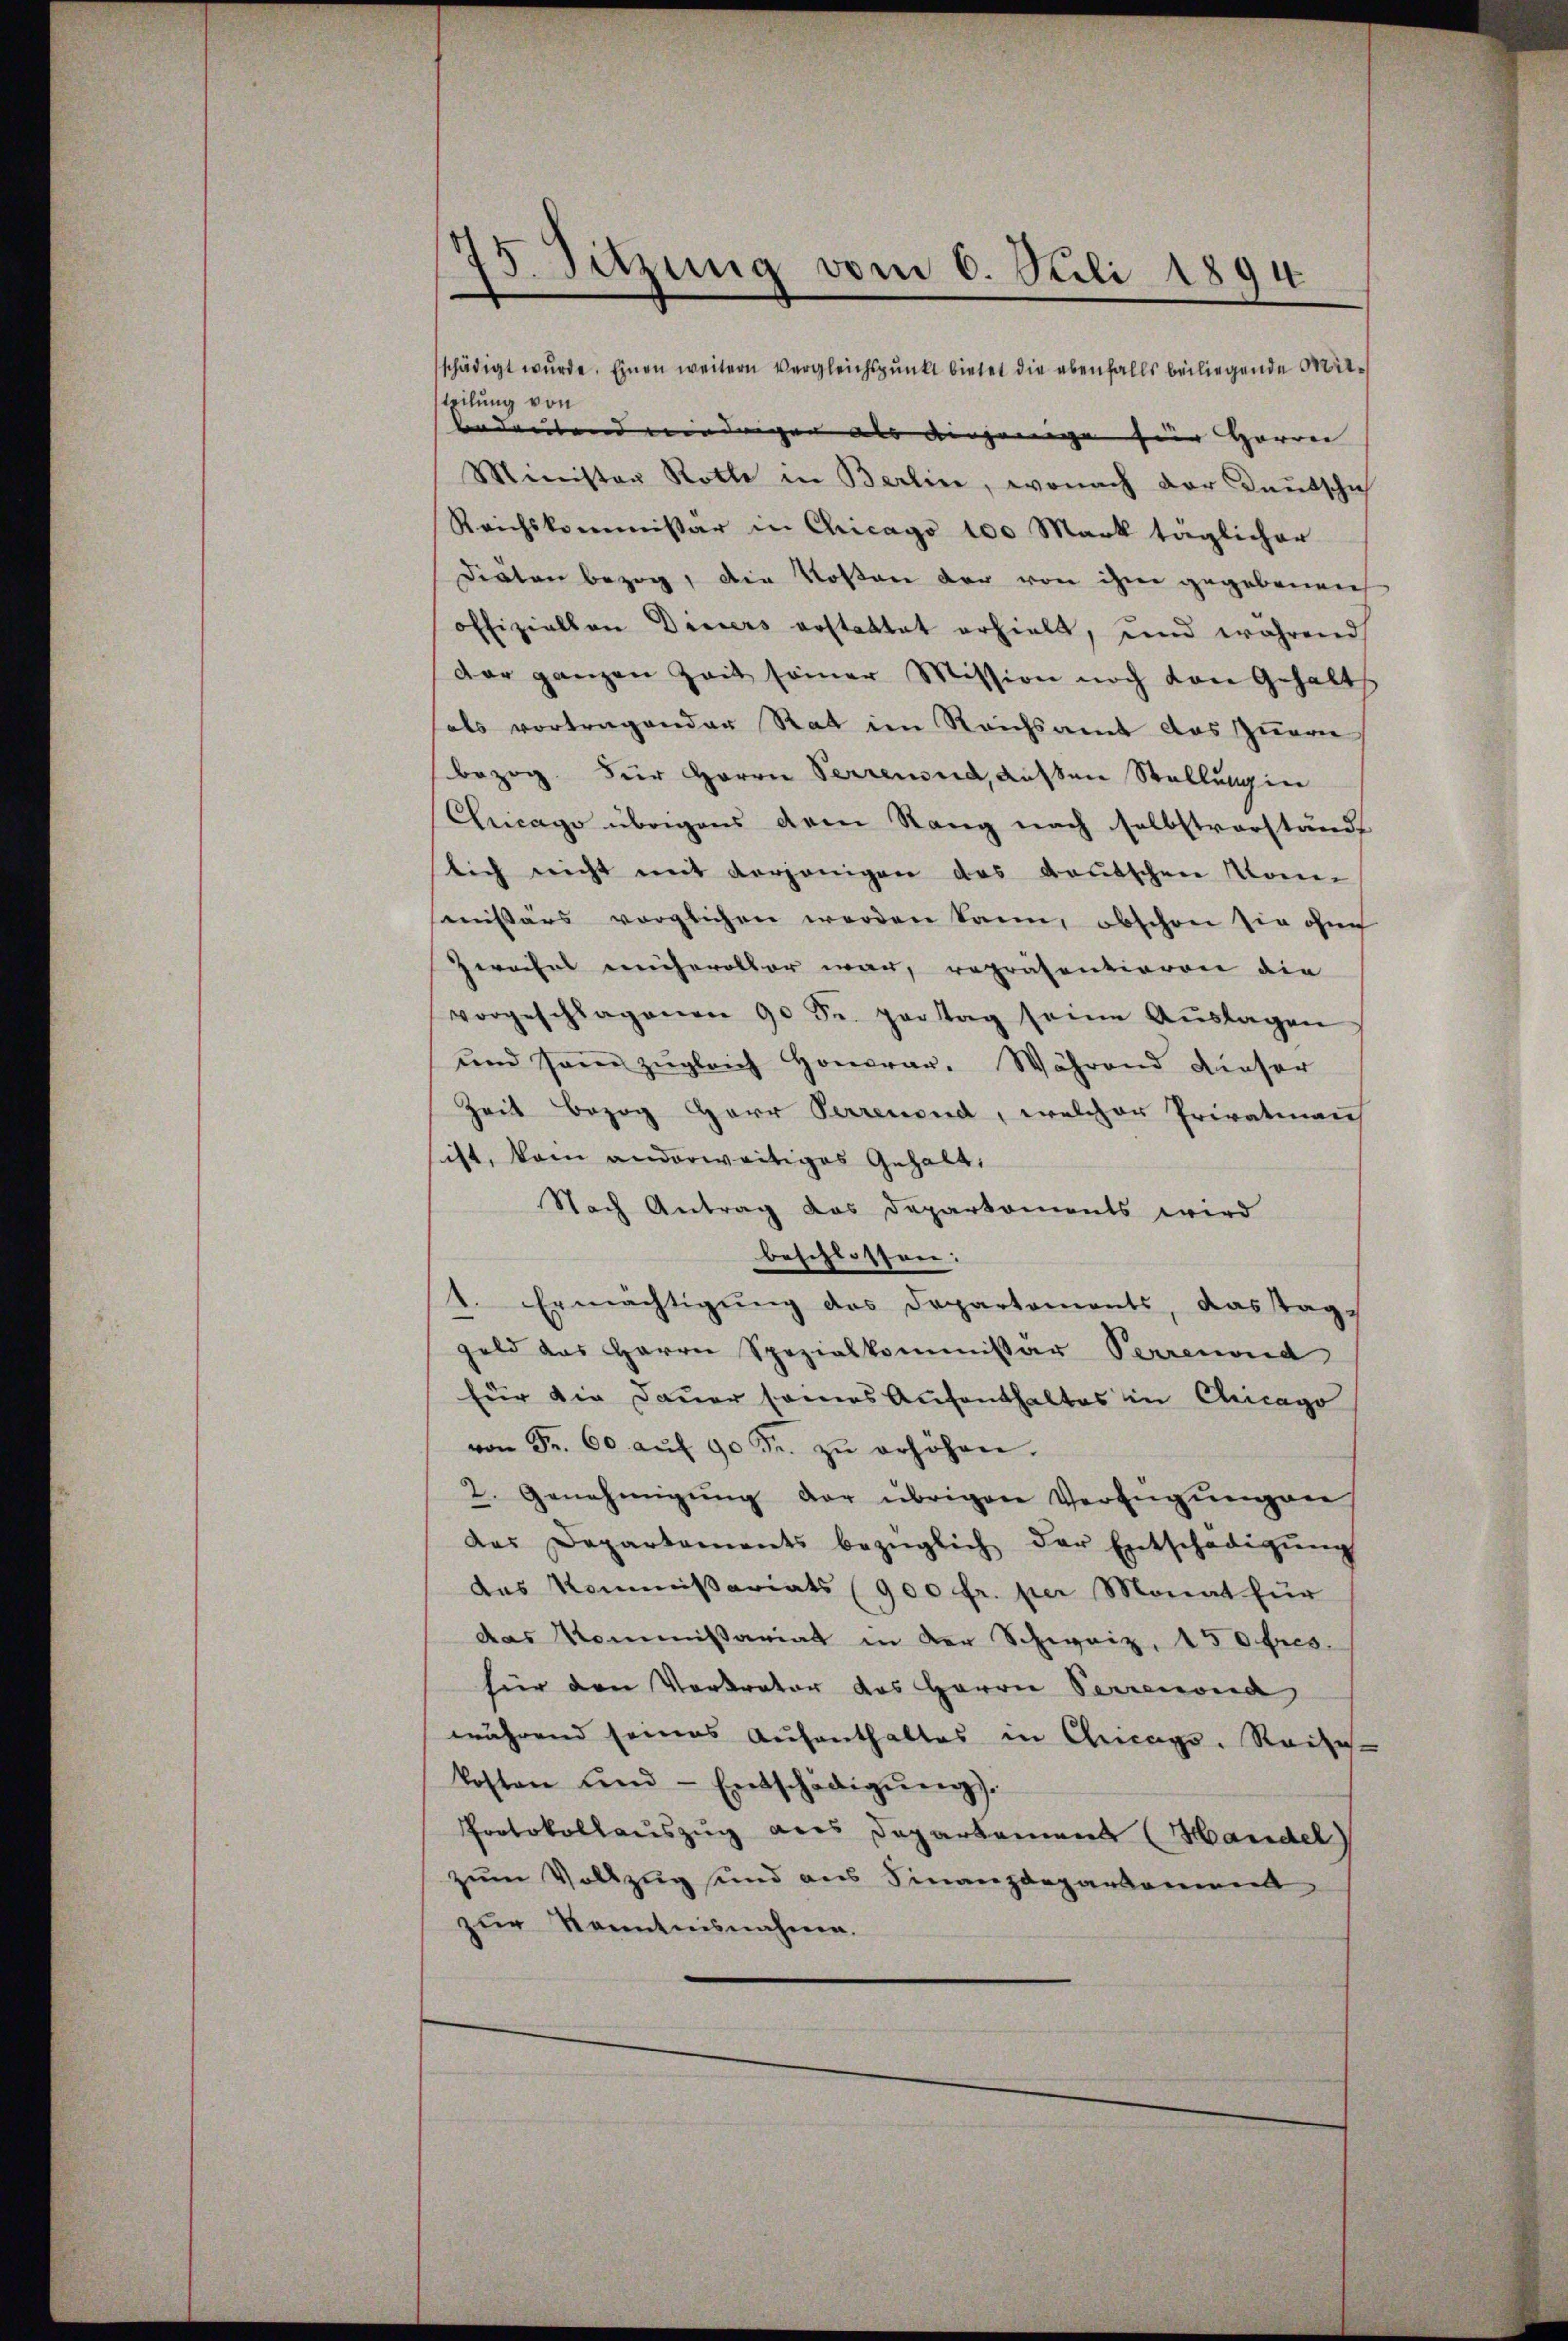
15. Sitzung vom 6. Sili 1894

schädigt wurde. Einen weitern Vergleichspunkt bietet die ebenfalls beiliegende Mitsteilung von
bedeutend wiedrigen als desjenige für Herrn
Minister Rotte in Berlin, wonach der Deutschich
Reichskommissar in Chicago 100 Mark täglicher
Diäten bezog, die Kosten der von ihne gegebenen
offiziellen Deiners erstattet erhielt, und während
dar ganzen Zeit seiner Mission noch von Gehalt
hals vortragenden Rat im Reichsamt das zuer
bezog für Herrn Perreund, außen Stellung in
Chicago übrigens dem Stang nach selbstverstände
lich nicht mit derjenigen das Gautschen Manne
missärs vorglichen werden kann, obschon sie ohne
Zweifel ehevoller war, repräsentioren die
vorgeschlagenen 90 Se. partag seine Aŭslagen
und sein zŭgleich Honorar. Während dieser
Zeit bezog Herr Perrenend, welcher Privatinen
ist, kein anderweitiges Gehalt,
Nach Antrag das Departaments wird
beschlossen:
1. Ermächtigung des Departements, das Tag,
geld das Herrn Spezialkommissär Perrenond
für die Dauer seines Aufenthaltes in Chicago
von Fr. 60 aŭf 90 Fr. zŭ erhöhen.
2. Genehmigŭng der übrigen Verfügŭngen
das Departaments bezüglich der Entschädigŭng
das Kommißariats (900 fr. per Monat für
das Kommißariat in der Schweiz, 150 fres.
für den Vertrator des Herrn Perrenona
während seines Aufenthaltes in Chicags. Reise-
kosten und Entschädigŭng.
Protokollauszug aus Departement (Handel
zum Vollzug und aus Finanzdeparkann
zur Kenntnisnahme.